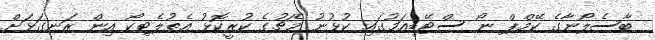
ބާސެލޯނާގެ ކޭމްޕް ނޯ ސްޓޭޑިއަމުގައި ކުޅުނު މެޗުގެ ކުރީކޮޅު އެތުލެޓިކޯ އިން ރަނގަޅަށް